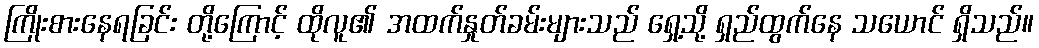
ကြိုးစားနေရခြင်း တို့ကြောင့် ထိုလူ၏ အထက်နှုတ်ခမ်းများသည် ရှေ့သို့ ရှည်ထွက်နေ သယောင် ရှိသည်။